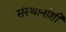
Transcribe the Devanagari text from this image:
संस्थानांशी